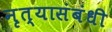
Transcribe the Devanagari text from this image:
नृत्यासंबंधी